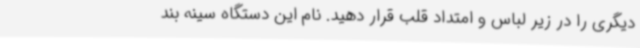
دیگری را در زیر لباس و امتداد قلب قرار دهید. نام این دستگاه سینه بند